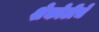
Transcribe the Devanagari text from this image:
शेकोटीचे